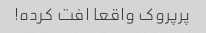
پرپروک واقعا افت کرده!